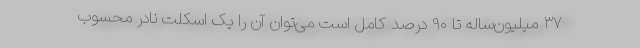
۳۷ میلیون‌ساله تا ۹۰ درصد کامل است می‌توان آن را یک اسکلت نادر محسوب